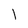
Character: 1